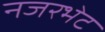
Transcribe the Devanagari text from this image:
नजरभेट